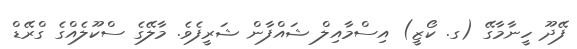
ފޭދޫ ހީނާމާގޭ (ގ. ކޯޒީ) އިސްމާއިލް ޝައްފާން ޝަރީފެވެ. މާލޭގެ ސްކޫލެއްގެ ގްރޭޑް